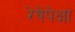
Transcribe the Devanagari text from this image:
रेषेपेक्षा